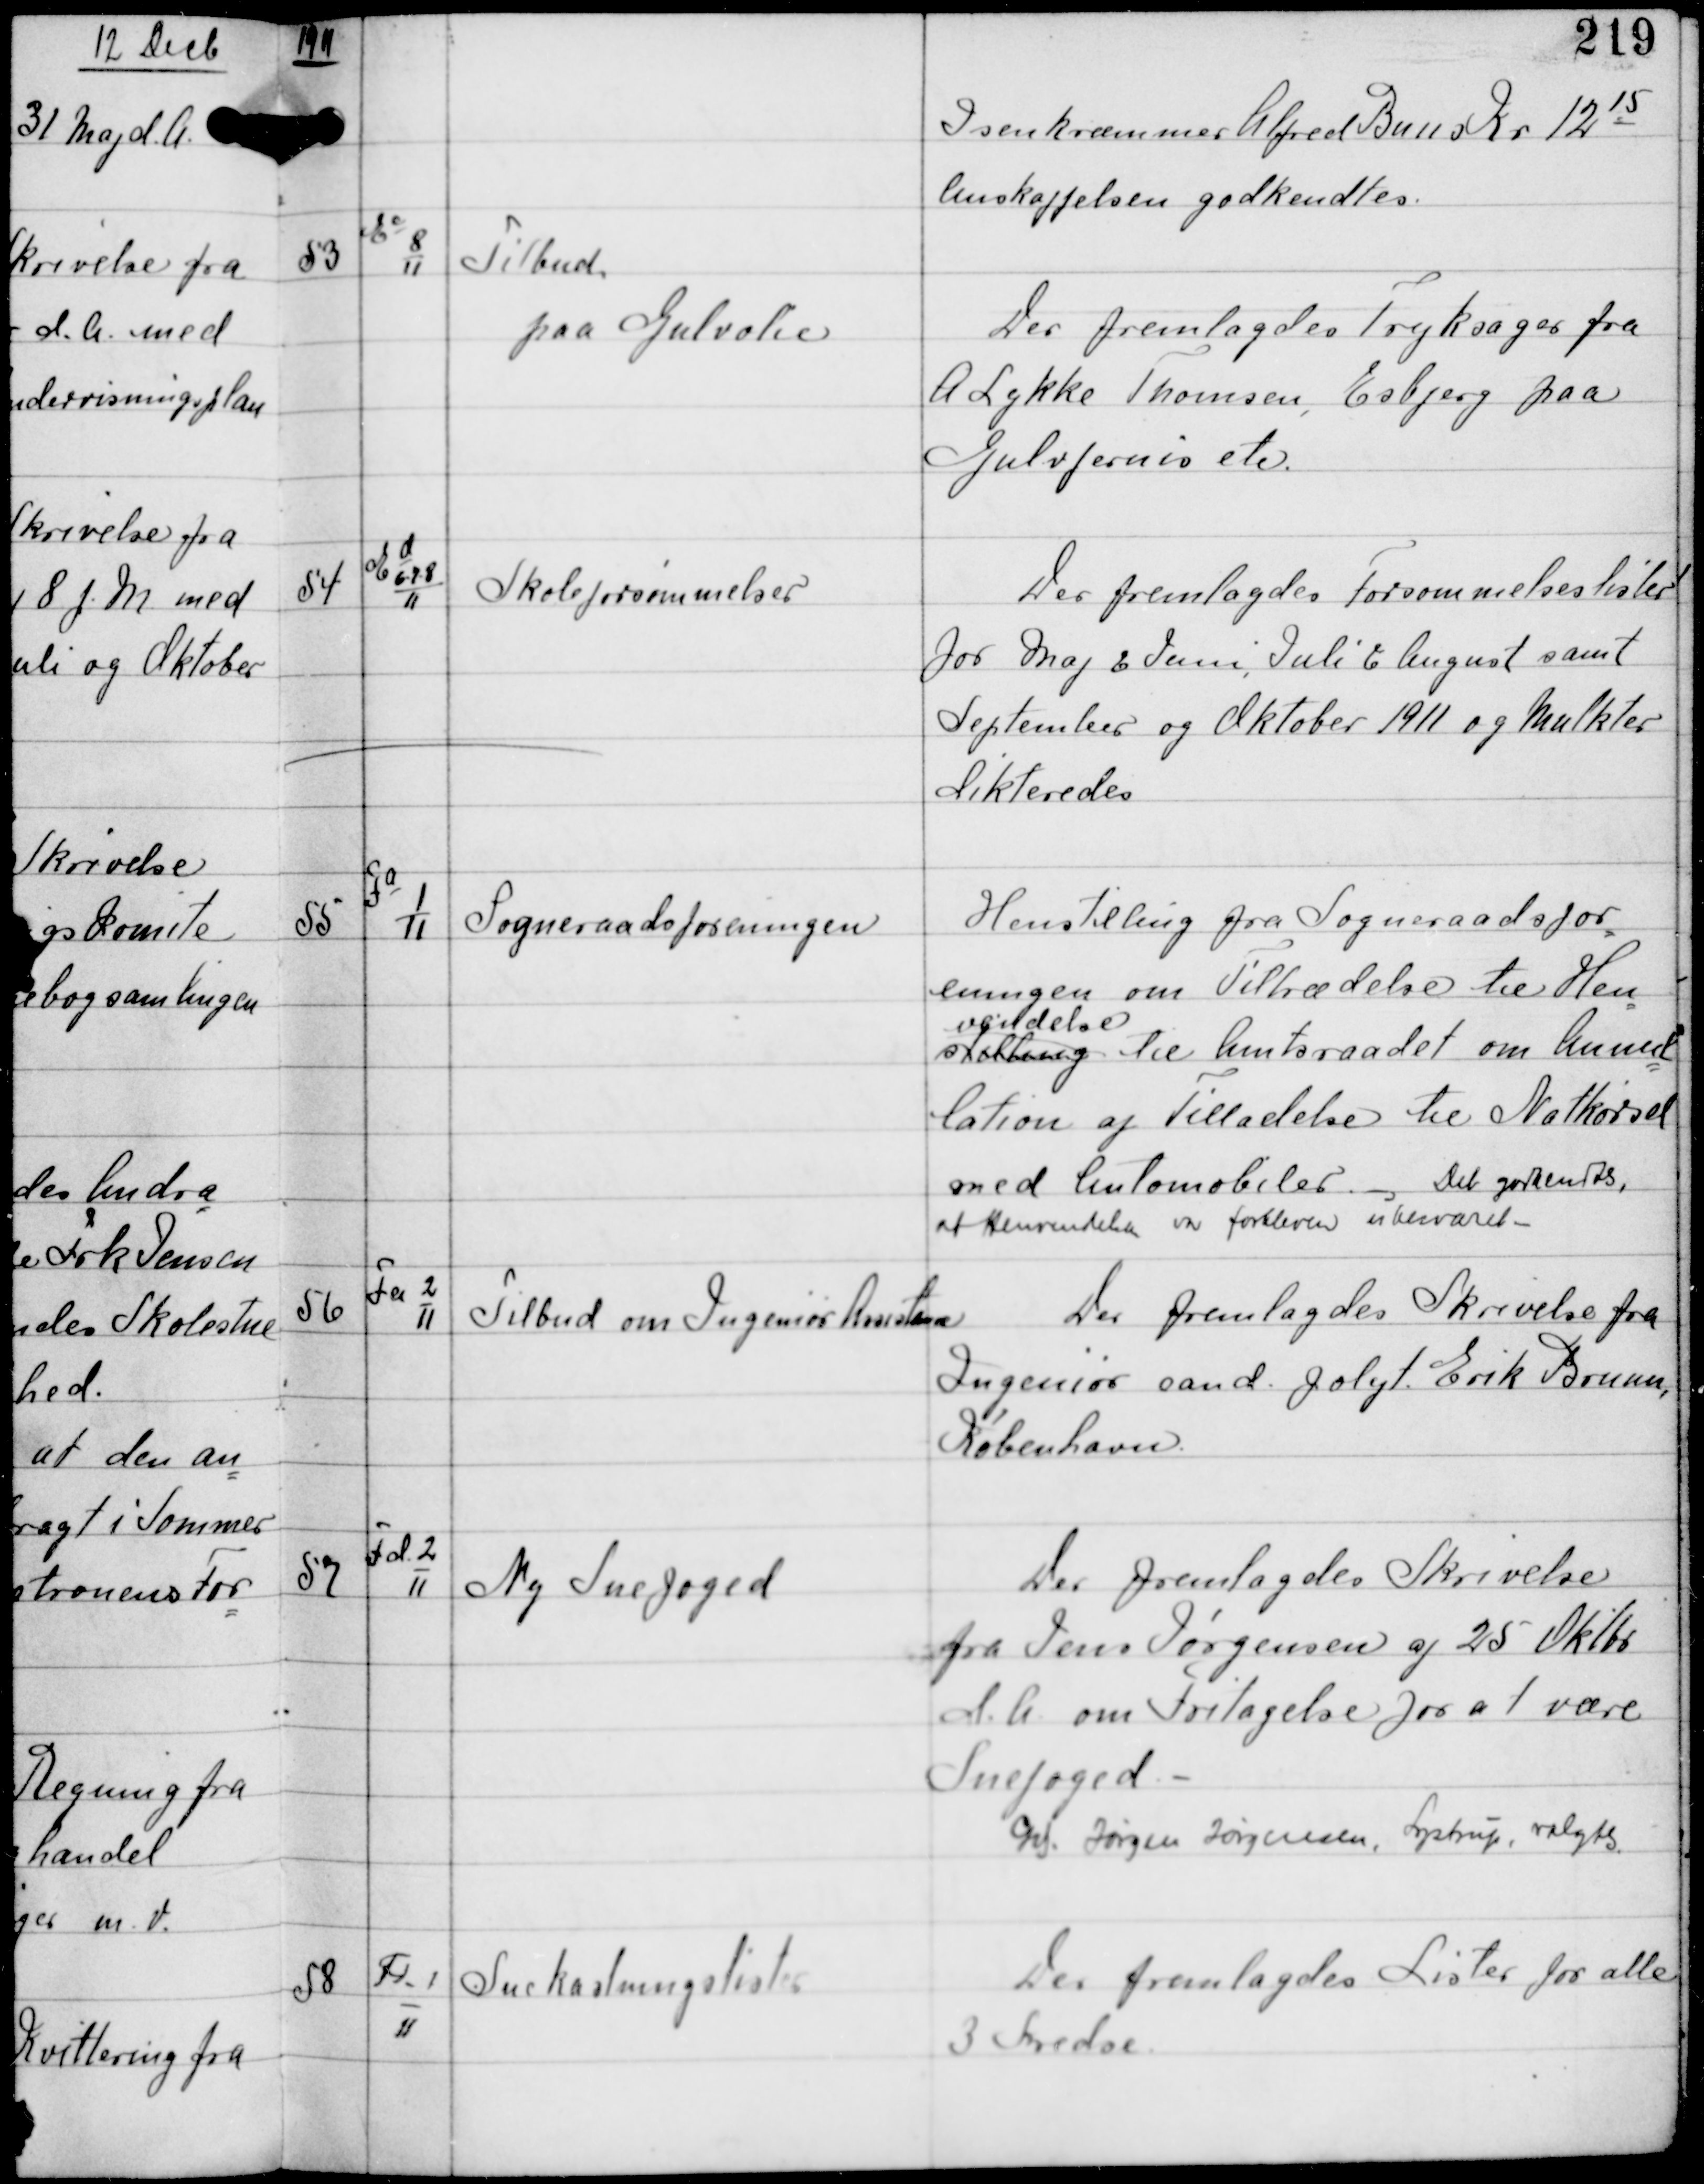
Transskription:
1911

Isenkræmmer Alfred Buus Kr 1215
Anskaffelsen godkendtes.

53

Ec
8
11

Tilbud
paa Gulvolie

Der fremlagdes Tryksager fra
A. Lykke Thomsen, Esbjerg paa
Gulvfernis etc.

54

Ed
6-7-8
11

Skoleforsømmelser

Der fremlagdes Forsommelseslister
for Maj & Juni, Juli & August samt
September og Oktober 1911 og Mulkter
dikteredes

55

Fa
1
11

Sogneraadsforeningen

Henstilling fra Sogneraadsfor
eningen om Tiltrædelse til Hen
vendelse
exsklang til Amtsraadet om Annul-
lation af Tilladelse til Natkørsel
med Automobiler. - Det godkendtes,
at Henvendelsen var forbleven ubesvaret -

56

Fa 2
11

Tilbud om Ingeniør Assistance

Der fremlagdes Skrivelse fra
Ingeniør cand. Polyt Erik Brunn,
København

57

Fd 2
11

Ny Snefoged

Der fremlagdes Skrivelse
fra Jens Jørgensen af 25 Oktbr
d.A. om Fritagelse for at være
Snefoged. -
Gdj Jørgen Jørgensen, Lystrup, valgtes

58

Fd-1
11

Snekastningslisten

Der fremlagdes Lister for alle
3 Kredse